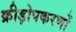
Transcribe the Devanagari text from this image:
क्रीड़ोपकरणों